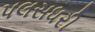
પલસધરી